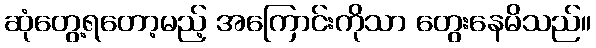
ဆုံတွေ့ရတော့မည့် အကြောင်းကိုသာ တွေးနေမိသည်။